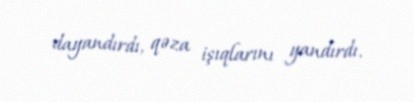
dayandırdı, qəza işıqlarını yandırdı.